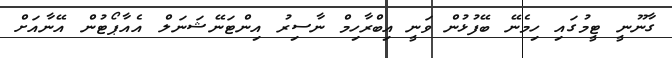
ގާނޫނީ ޓީމުގައި ހިމެނޭ ބޭފުޅުން ވަނީ އިބްރާހިމް ނާސިރު އިންޓަނޭޝަނަލް އެއާޕޯޓުން އޭނާއަށް